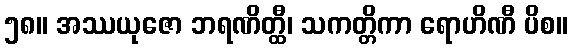
၅၈။ အဿယုဇော ဘရဏိတ္ထီ၊ သကတ္တိကာ ရောဟိဏီ ပိစ။